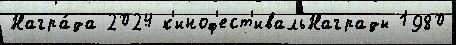
Награ́да 2024 к'иноф'ест'ивальНаграды 1980